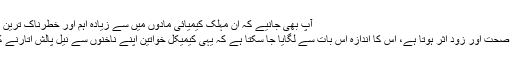
آپ بھی جانیے کہ ان مہلک کیمیائی مادوں میں سے زیادہ اہم اور خطرناک ترین کیمیکلز کون کون سے ہیں:
: یہ کیمیائی مادہ کتنا مضر صحت اور زود اثر ہوتا ہے، اس کا اندازہ اس بات سے لگایا جا سکتا ہے کہ یہی کیمیکل خواتین اپنے ناخنوں سے نیل پالش اتارنے کے لیے استعمال کرتی ہیں۔